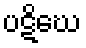
ပဋိဃေ